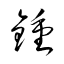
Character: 鍾